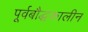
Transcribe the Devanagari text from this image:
पूर्वबौद्धकालीन